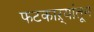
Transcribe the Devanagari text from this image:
फटकाऱ्यांतून